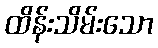
ထိန်းသိမ်းသော